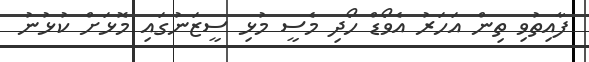
ފާއިތުވި ތިން އަހަރު އެވޯޑް ހޯދި މެސީ މުޅި ސީޒަނުގައި މޮޅަށް ކުޅުނު